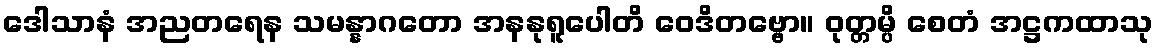
ဒေါသာနံ အညတရေန သမန္နာဂတော အနနုရူပေါတိ ဝေဒိတဗ္ဗော။ ဝုတ္တမ္ပိ စေတံ အဋ္ဌကထာသု